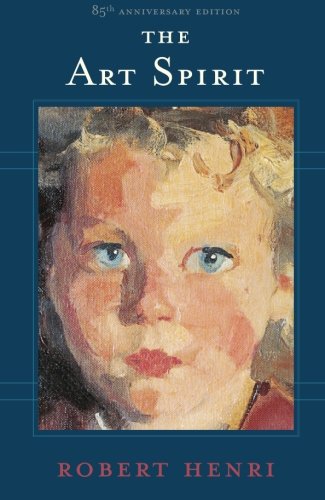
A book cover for The Art Spirit; Robert Henri; Arts & Photography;